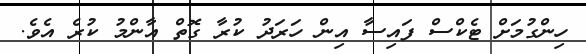
ހިންގުމަށް ޓެކްސް ފައިސާ އިން ހަރަދު ކުރާ ގޮތް އާންމު ކުރެ އެވެ.